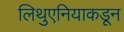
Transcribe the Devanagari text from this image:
लिथुएनियाकडून